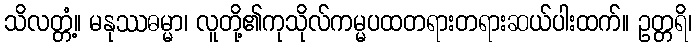
သိလတ္တံ့။ မနုဿဓမ္မာ၊ လူတို့၏ကုသိုလ်ကမ္မပထတရားတရားဆယ်ပါးထက်။ ဥတ္တရိ၊